Vaccination in Bombay 1869-1873 - 1869-1873
Year: 1869
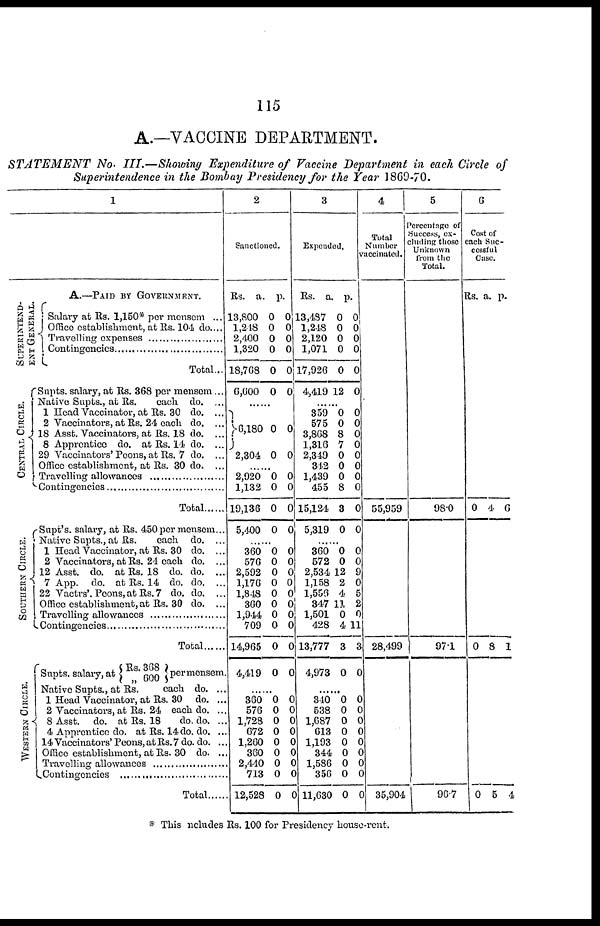
115
A.—VACCINE DEPARTMENT.
STATEMENT
No. III.—Showing Expenditure of Vaccine Department in each Circle of
Superintendence in the Bombay Presidency for the Year 1869-70.
1
A.—PAID BY GOVERNMENT.
SUPERINTEND-
--- GENERAL.
CENTRAL CIRCLE.
SOUTHERN CIRCLE.
WESTERN CIRCLE.
Salary at Rs. 1,150* per mensem ...
Office establishment, at Rs. 104 do....
Travelling expenses . . . . . . . . . . . . . . . . . .
Contingencies . . . . . . . . . . . . . . . . . . . . . .
Total...
Supts. salary, at Rs. 368 per mensem...
Native Supts., at Rs.
each do. ...
1 Head Vaccinator, at Rs. 30 do. ...
2 Vaccinators, at Rs. 24 each do. ...
18 Asst. Vaccinators, at Rs. 18 do. ...
8 Apprentice do. at Rs. 14 do. ...
29 Vaccinators' Peons, at Rs. 7 do. ...
Office establishment, at Rs. 30 do. ...
Travelling allowances ........................
Contingencies . . . . . . . . . . . . . . . . . . . . . .
Total ......
Supt's. salary, at Rs. 450per mensem...
Native Supts., at Rs.
each do. ...
1 Head Vaccinator, at Rs. 30 do. ...
2 Vaccinators, at Rs. 24 each do. ...
12 Asst. do. at Rs. 18 do. do. ...
7 App. do. at Rs. 14 do. do.
22 Vactrs'. Peons,at Rs.7 do. do. ...
Office establishment,at Rs. 30 do. ...
Travelling allowances .....................
Contingencies .....................
Total......
Supts. salary, at
Rs. 368
„ 600
per mensem
Native Supts., at Rs.
each do. ...
1 Head Vaccinator, at Rs. 30 do. ...
2 Vaccinators, at Rs. 24 each do. ..
8 Asst. do. at Rs. 18
do. do. ..
4 Apprentice do. at Rs. 14 do. do. ..
14 Vaccinators' Peons, at Rs. 7 do. do. ..
Office establishment, at Rs. 30 do. ..
Travelling allowances ...............
Contingencies ...........................
Total .......
2
Sanctioned.
Rs.
13,800
1,248
2,400
1,320
18,768
6,600
a.
0
0
0
0
0
0
p.
0
0
0
0
0
0
......
6,180
2,304
0
0
0
0
......
2,920
1,132
19,136
5,400
0
0
0
0
0
0
0
0
......
360
576
2,592
1,176
1,848
360
1,944
709
14,965
4,419
0
0
0
0
0
0
0
0
0
0
0
0
0
0
0
0
0
0
0
0
......
360
576
1,728
672
1,260
360
2,440
713
12,528
0
0
0
0
0
0
0
0
0
0 0
0
0
0
0
0
0
0
3
Expended.
Rs.
13,487
1,248
2,120
1,071
17,926
4,419
a.
0
0
0
0
0
12
p.
0
0
0
0
0
0
......
359
575
3,868
1,316
2,349
342
1,439
455
15,124
5,319
0
0
8
7
0
0
0
8
3
0
0
0
0
0
0
0
0
0
0
0
......
360
572
2,534
1,158
1,556
347
1,501
428
13,777
4,973
0
0
12
2
4
11
0
4
3
0
0
0
9
0 5
2
0
11
3
0
......
340
538
1,687
613
1,193
344
1,586
356
11,630
0
0 0
0
0
0
0
0
0
0
0
0
0
0
0
0
0
0
4
Total
Number
vaccinated.
55,959
28,499
35,904
5
Percentage of
Success, ex-
cluding those
Unknown
from the
Total.
98.0
97.1
96.7
6
Cost of
each Suc-
cessful
Case.
Rs. a. p.
0 4 6
0 8 1
0 5 4
* This includes Rs. 100 for Presidency house-rent.